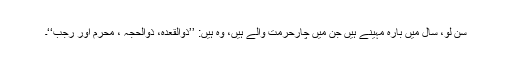
سن لو، سال میں بارہ مہینے ہیں جن میں چارحرمت والے ہیں، وہ ہیں: ’’ذوالقعدہ، ذوالحجہ ، محرم اور رجب‘‘۔